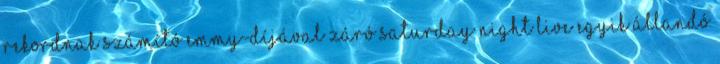
rekordnak számító Emmy-díjával záró Saturday Night Live egyik állandó